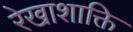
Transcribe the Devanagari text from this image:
रेखाशाक्ति